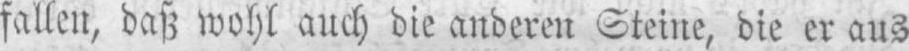
fallen, daß wohl auch die anderen Steine, die er aus